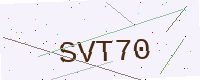
Text: SVT70